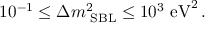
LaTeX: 1 0 ^ { - 1 } \leq \Delta m _ { \mathrm { \scriptsize ~ S B L } } ^ { 2 } \leq 1 0 ^ { 3 } \mathrm { ~ e V } ^ { 2 } \, .